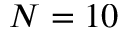
N = 1 0